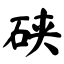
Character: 硖